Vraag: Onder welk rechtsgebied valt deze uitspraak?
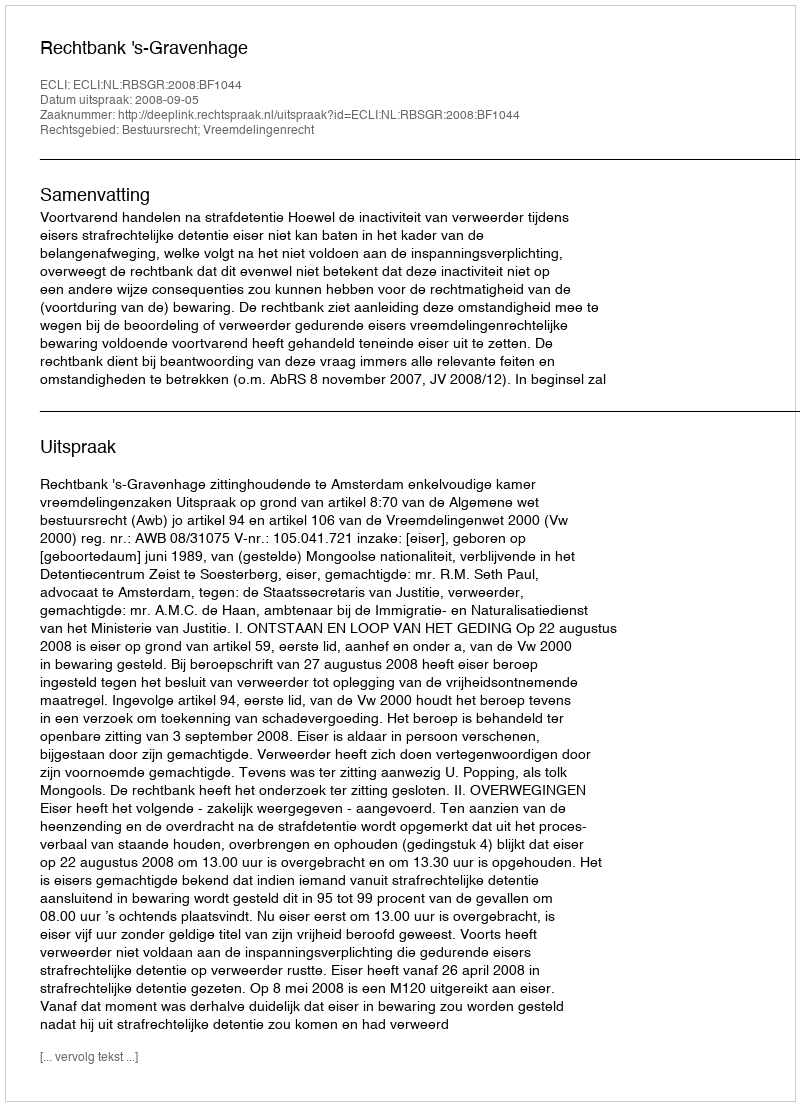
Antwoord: Bestuursrecht; Vreemdelingenrecht